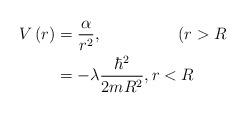
LaTeX: \begin{align*}V\left( r\right) & =\frac{\alpha}{r^{2}},\ \text{\ \ \ \ \ \ \ \ \ \ \ \ \ (}r>R\\& =-\lambda\frac{\hbar^{2}}{2mR^{2}},r<R\end{align*}